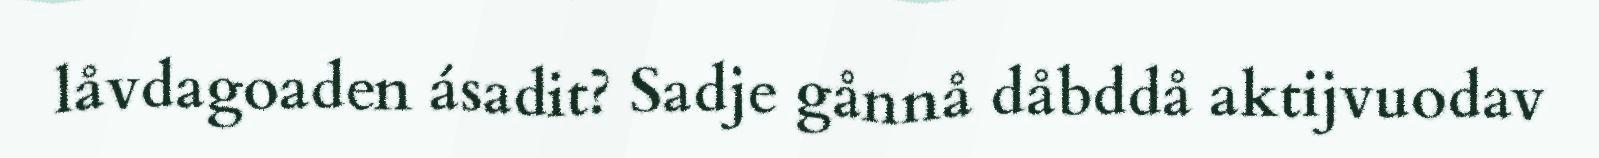
låvdagoaden ásadit? Sadje gånnå dåbddå aktijvuodav